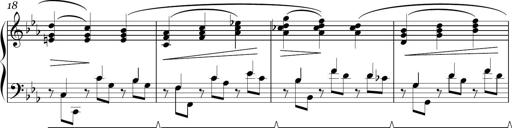
Title: Sonatina in E minor
Composer: Shuwen Zhang
Key: E minor